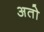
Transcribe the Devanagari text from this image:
अतो